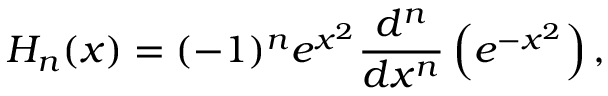
H _ { n } ( x ) = ( - 1 ) ^ { n } e ^ { x ^ { 2 } } { \frac { d ^ { n } } { d x ^ { n } } } \left( e ^ { - x ^ { 2 } } \right) ,